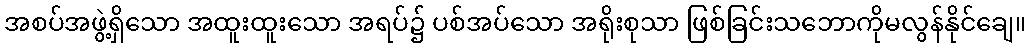
အစပ်အဖွဲ့ရှိသော အထူးထူးသော အရပ်၌ ပစ်အပ်သော အရိုးစုသာ ဖြစ်ခြင်းသဘောကိုမလွန်နိုင်ချေ။